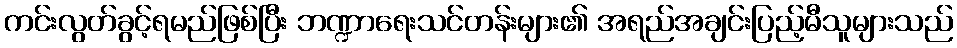
ကင်းလွတ်ခွင့်ရမည်ဖြစ်ပြီး ဘဏ္ဍာရေးသင်တန်းများ၏ အရည်အချင်းပြည့်မီသူများသည်